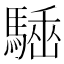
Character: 𩤪